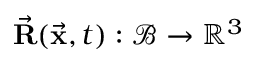
\vec { \bf R } ( \vec { \bf x } , t ) : \mathcal { B } \rightarrow \mathbb { R } ^ { 3 }